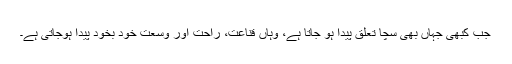
جب کبھی جہاں بھی سچا تعلق پیدا ہو جاتا ہے، وہاں قناعت، راحت اور وسعت خود بخود پیدا ہوجاتی ہے۔